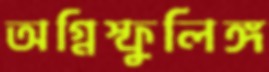
অগ্নিস্ফুলিঙ্গ